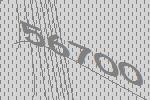
56700